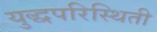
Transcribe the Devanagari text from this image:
युद्धपरिस्थिती